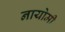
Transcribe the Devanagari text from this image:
नायोमी